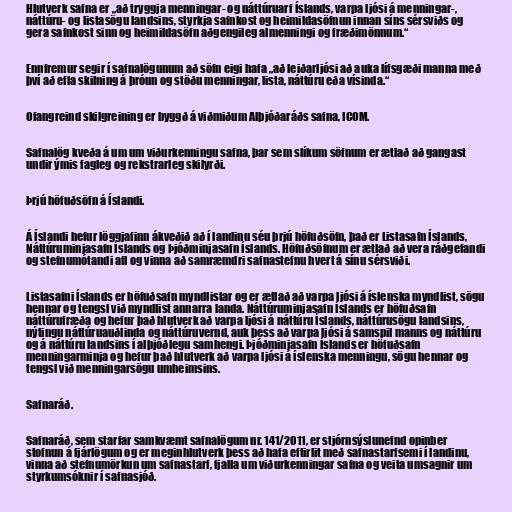
Hlutverk safna er „að tryggja menningar- og náttúruarf Íslands, varpa ljósi á menningar-,
náttúru- og listasögu landsins, styrkja safnkost og heimildasöfnun innan síns sérsviðs og
gera safnkost sinn og heimildasöfn aðgengileg almenningi og fræðimönnum.“

Ennfremur segir í safnalögunum að söfn eigi hafa „að leiðarljósi að auka lífsgæði manna með
því að efla skilning á þróun og stöðu menningar, lista, náttúru eða vísinda.“

Ofangreind skilgreining er byggð á viðmiðum Alþjóðaráðs safna, ICOM.

Safnalög kveða á um um viðurkenningu safna, þar sem slíkum söfnum er ætlað að gangast
undir ýmis fagleg og rekstrarleg skilyrði.

Þrjú höfuðsöfn á Íslandi.

Á Íslandi hefur löggjafinn ákveðið að í landinu séu þrjú höfuðsöfn, það er Listasafn Íslands,
Náttúruminjasafn Íslands og Þjóðminjasafn Íslands. Höfuðsöfnum er ætlað að vera ráðgefandi
og stefnumótandi afl og vinna að samræmdri safnastefnu hvert á sínu sérsviði.

Listasafni Íslands er höfuðsafn myndlistar og er ætlað að varpa ljósi á íslenska myndlist, sögu
hennar og tengsl við myndlist annarra landa. Náttúruminjasafn Íslands er höfuðsafn
náttúrufræða og hefur það hlutverk að varpa ljósi á náttúru Íslands, náttúrusögu landsins,
nýtingu náttúruauðlinda og náttúruvernd, auk þess að varpa ljósi á samspil manns og náttúru
og á náttúru landsins í alþjóðlegu samhengi. Þjóðminjasafn Íslands er höfuðsafn
menningarminja og hefur það hlutverk að varpa ljósi á íslenska menningu, sögu hennar og
tengsl við menningarsögu umheimsins.

Safnaráð.

Safnaráð, sem starfar samkvæmt safnalögum nr. 141/2011, er stjórnsýslunefnd opinber
stofnun á fjárlögum og er meginhlutverk þess að hafa eftirlit með safnastarfsemi í landinu,
vinna að stefnumörkun um safnastarf, fjalla um viðurkenningar safna og veita umsagnir um
styrkumsóknir í safnasjóð.